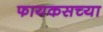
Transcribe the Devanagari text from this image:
फायकसच्या